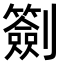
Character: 𠠬